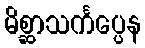
မိစ္ဆာသင်္ကပ္ပေန